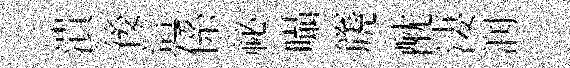
潰後這係祕囁篪酖淒润